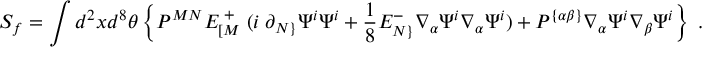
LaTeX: S _ { f } = \int d ^ { 2 } x d ^ { 8 } \theta \left\{ P ^ { M N } E _ { [ M } ^ { \; + } \; ( i \; \partial _ { N \} } \Psi ^ { i } \Psi ^ { i } + { \frac { 1 } { 8 } } E _ { N \} } ^ { - } \nabla _ { \alpha } \Psi ^ { i } \nabla _ { \alpha } \Psi ^ { i } ) + P ^ { \{ \alpha \beta \} } \nabla _ { \alpha } \Psi ^ { i } \nabla _ { \beta } \Psi ^ { i } \right\} \; .